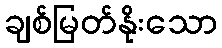
ချစ်မြတ်နိုးသော